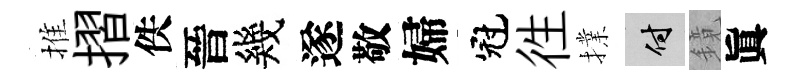
推摺佚晉幾遂敬婦冠徃擈付鏡眞